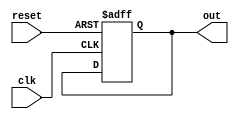
module counter2 (out, clk, reset);

	parameter WIDTH = 8;

	output [WIDTH-1: 0] out;
	input clk, reset;

	reg [WIDTH-1: 0] out;

	always @(posedge clk or negedge reset)begin
		if(!reset) begin
			out <= 0;
		end
		else begin
			
		end
	end
endmodule